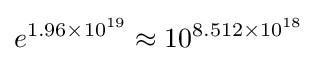
e^{1.96\times 10^{19}}\approx 10^{8.512\times 10^{18}}